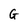
Character: G